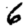
Digit: 6